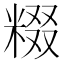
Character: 𬖤